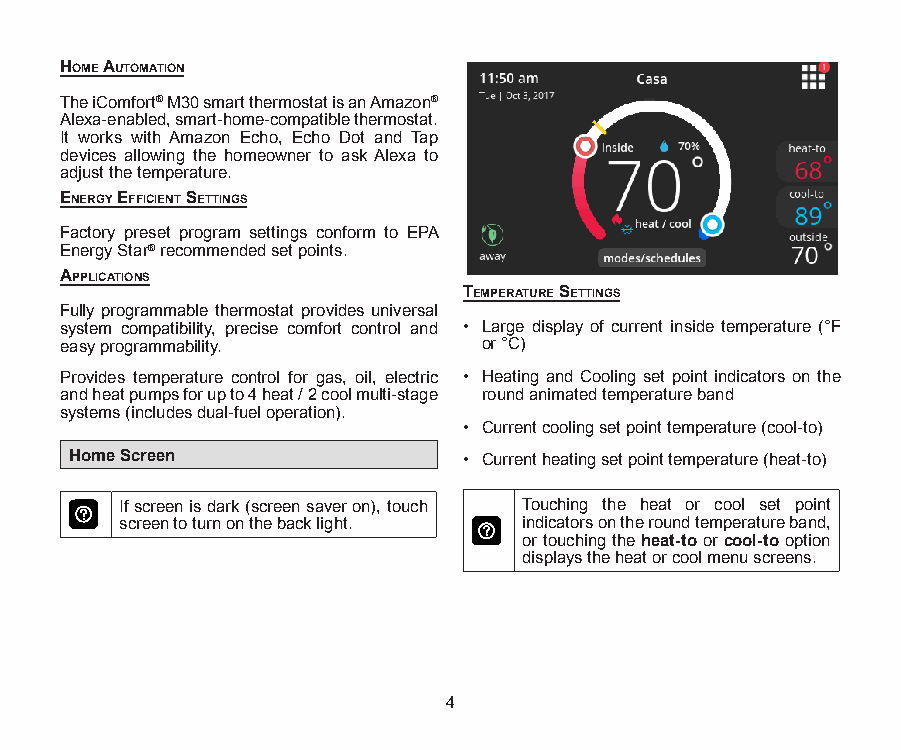
Home AutomAtion
 The iComfort® M30 smart thermostat is an Amazon®
 Alexa-enabled, smart-home-compatible thermostat.
 It works with Amazon Echo, Echo Dot and Tap
 devices allowing the homeowner to ask Alexa to
 adjust the temperature.
 energy efficient SettingS
 Factory preset program settings conform to EPA
 Energy Star® recommended set points.
 ApplicAtionS
 temperAture SettingS
 Fully programmable thermostat provides universal
 system compatibility, precise comfort control and • Large display of current inside temperature (°F
 easy programmability.       or °C)
 Provides temperature control for gas, oil, electric • Heating and Cooling set point indicators on the
 and heat pumps for up to 4 heat / 2 cool multi-stage round animated temperature band
 systems (includes dual-fuel operation).
 • Current cooling set point temperature (cool-to)
 Home Screen               • Current heating set point temperature (heat-to)
 If screen is dark (screen saver on), touch Touching the heat or cool set point
 screen to turn on the back light. indicators on the round temperature band,
 or touching the heat-to or cool-to option
 displays the heat or cool menu screens.
 4